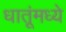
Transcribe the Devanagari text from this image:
धातूंमध्ये